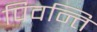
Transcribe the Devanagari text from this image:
पिवन्ति